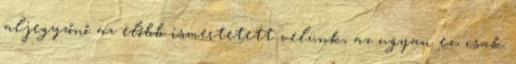
aljegyzőnő az előbb ismertetett velünk, az ugyan ez, csak